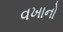
વખાનો